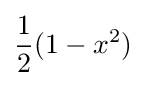
{1 \over 2}(1-x^{2})